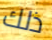
ذلك